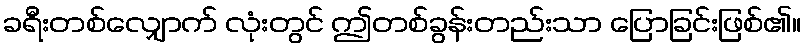
ခရီးတစ်လျှောက် လုံးတွင် ဤတစ်ခွန်းတည်းသာ ပြောခြင်းဖြစ်၏။